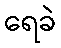
ရေခဲ